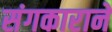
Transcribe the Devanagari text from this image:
संगकाराने